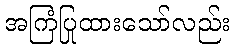
အကြံပြုထားသော်လည်း